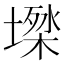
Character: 𡑙